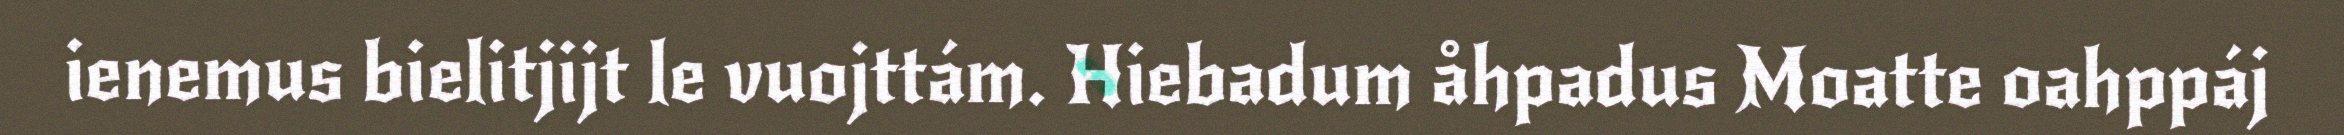
ienemus bielitjijt le vuojttám. Hiebadum åhpadus Moatte oahppáj